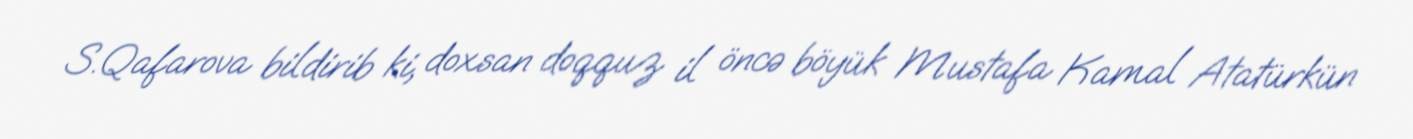
S.Qafarova bildirib ki, doxsan doqquz il öncə böyük Mustafa Kamal Atatürkün